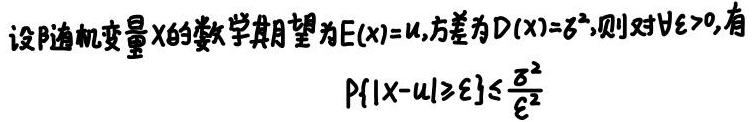
设随机变量$X$的数学期望为$E(X)=\mu$,方差为$D(X)=\sigma^{2}$,则对$\forall \varepsilon >0$,有
\[
P\{|X - \mu|\geqslant \varepsilon\}\leqslant \frac{\sigma^{2}}{\varepsilon^{2}}
\]